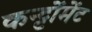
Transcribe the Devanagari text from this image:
कन्ट्टोंमेंट